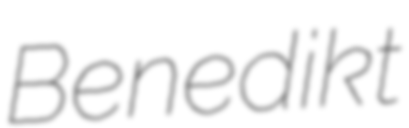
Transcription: Benedikt